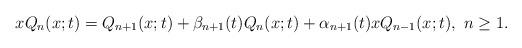
LaTeX: \begin{align*}xQ_{n}(x; t) = Q_{n+1}(x; t) + \beta_{n+1}(t)Q_{n}(x; t) + \alpha_{n+1}(t)xQ_{n-1}(x; t), \ n \geq 1.\end{align*}